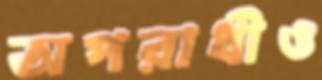
অপরাধীও